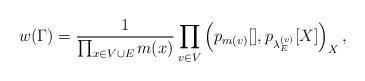
LaTeX: \begin{align*}w(\Gamma) = \frac{1}{\prod_{x\in V\cup E} m(x)} \prod_{v\in V}\left(p_{m(v)}[], p_{\lambda_E^{(v)}}[X]\right)_X,\end{align*}